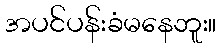
အပင်ပန်းခံမနေဘူး။